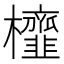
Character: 𭬹